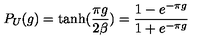
P _ { U } ( g ) = \tanh ( { \frac { \pi g } { 2 \beta } } ) = \frac { 1 - e ^ { - \pi g } } { 1 + e ^ { - \pi g } }